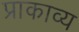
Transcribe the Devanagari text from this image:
प्राकाव्य